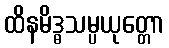
ထိနမိဒ္ဓသမ္ပယုတ္တော